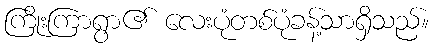
ကြိုးကြာရွာ၏ လေးပုံတစ်ပုံခန့်သာရှိသည်။